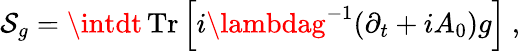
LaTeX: {\cal\mathcal{S}}_{g}=\intdt\, \mathrm{{Tr}}\left[i\lambdag^{-1}(\partial_{t}+iA_{0})g\right]~,